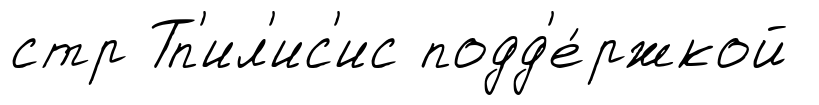
стр Тп'ил'ис'ис подд'е́ржкой